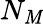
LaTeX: N_{\mathit{M}}